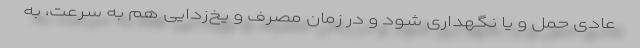
عادی حمل و یا نگهداری شود و در زمان مصرف و یخ‌زدایی هم به سرعت، به